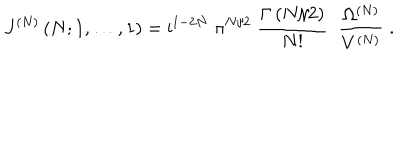
J ^ { ( N ) } \left( N ; 1 , \ldots , 1 \right) = \mathrm { i } ^ { 1 - 2 N } \; \pi ^ { N / 2 } \; \frac { \Gamma \left( N / 2 \right) } { N ! } \; \; \frac { \Omega ^ { ( N ) } } { V ^ { ( N ) } } \; .